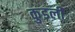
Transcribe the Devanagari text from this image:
कुडली